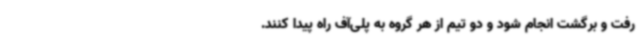
رفت و برگشت انجام شود و دو تیم از هر گروه به پلی‌آف راه پیدا کنند.